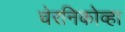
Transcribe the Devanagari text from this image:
चेरनिकोव्हा